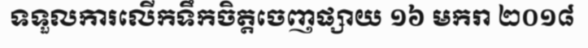
ទទួលការលើកទឹកចិត្តចេញផ្សាយ ១៦ មករា ២០១៨